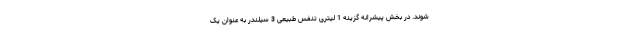
شوند. در بخش پیشرانه گزینه 1 لیتری تنفس طبیعی 3 سیلندر به عنوان یک